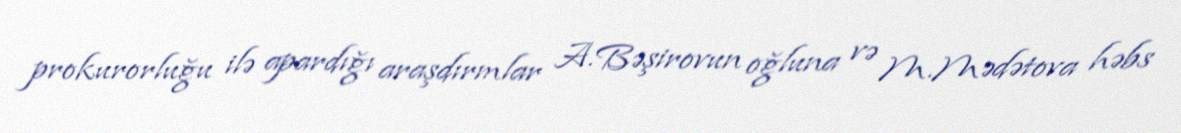
prokurorluğu ilə apardığı araşdırmlar A.Bəşirovun oğluna və M.Mədətova həbs